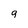
Character: 9